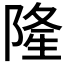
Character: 隆